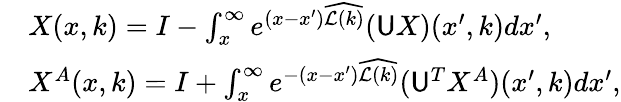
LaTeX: \begin{array}{rl}&{X(x,k)=I-\int_{x}^{\infty}e^{(x-x^{\prime})\widehat{\mathcal{L}(k)}}(\mathsf{U}X)(x^{\prime},k)dx^{\prime},}\\ &{X^{A}(x,k)=I+\int_{x}^{\infty}e^{-(x-x^{\prime})\widehat{\mathcal{L}(k)}}(\mathsf{U}^{T}X^{A})(x^{\prime},k)dx^{\prime},}\end{array}